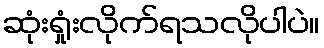
ဆုံးရှုံးလိုက်ရသလိုပါပဲ။